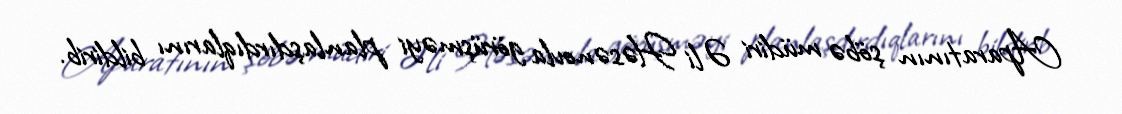
Aparatının şöbə müdiri Əli Həsənovla görüşməyi planlaşdırdıqlarını bildirib.